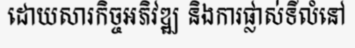
ដោយសារកិច្ចអភិវឌ្ឍ និងការផ្លាស់ទីលំនៅ